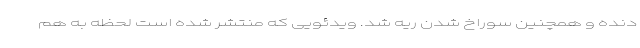
دنده و همچنین سوراخ شدن ریه شد. ویدئویی که منتشر شده است لحظه به هم